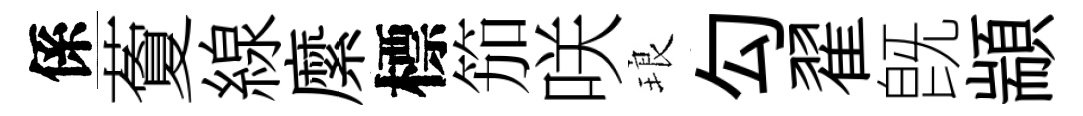
係藑線縻標笳咲琅勾翟旣顓